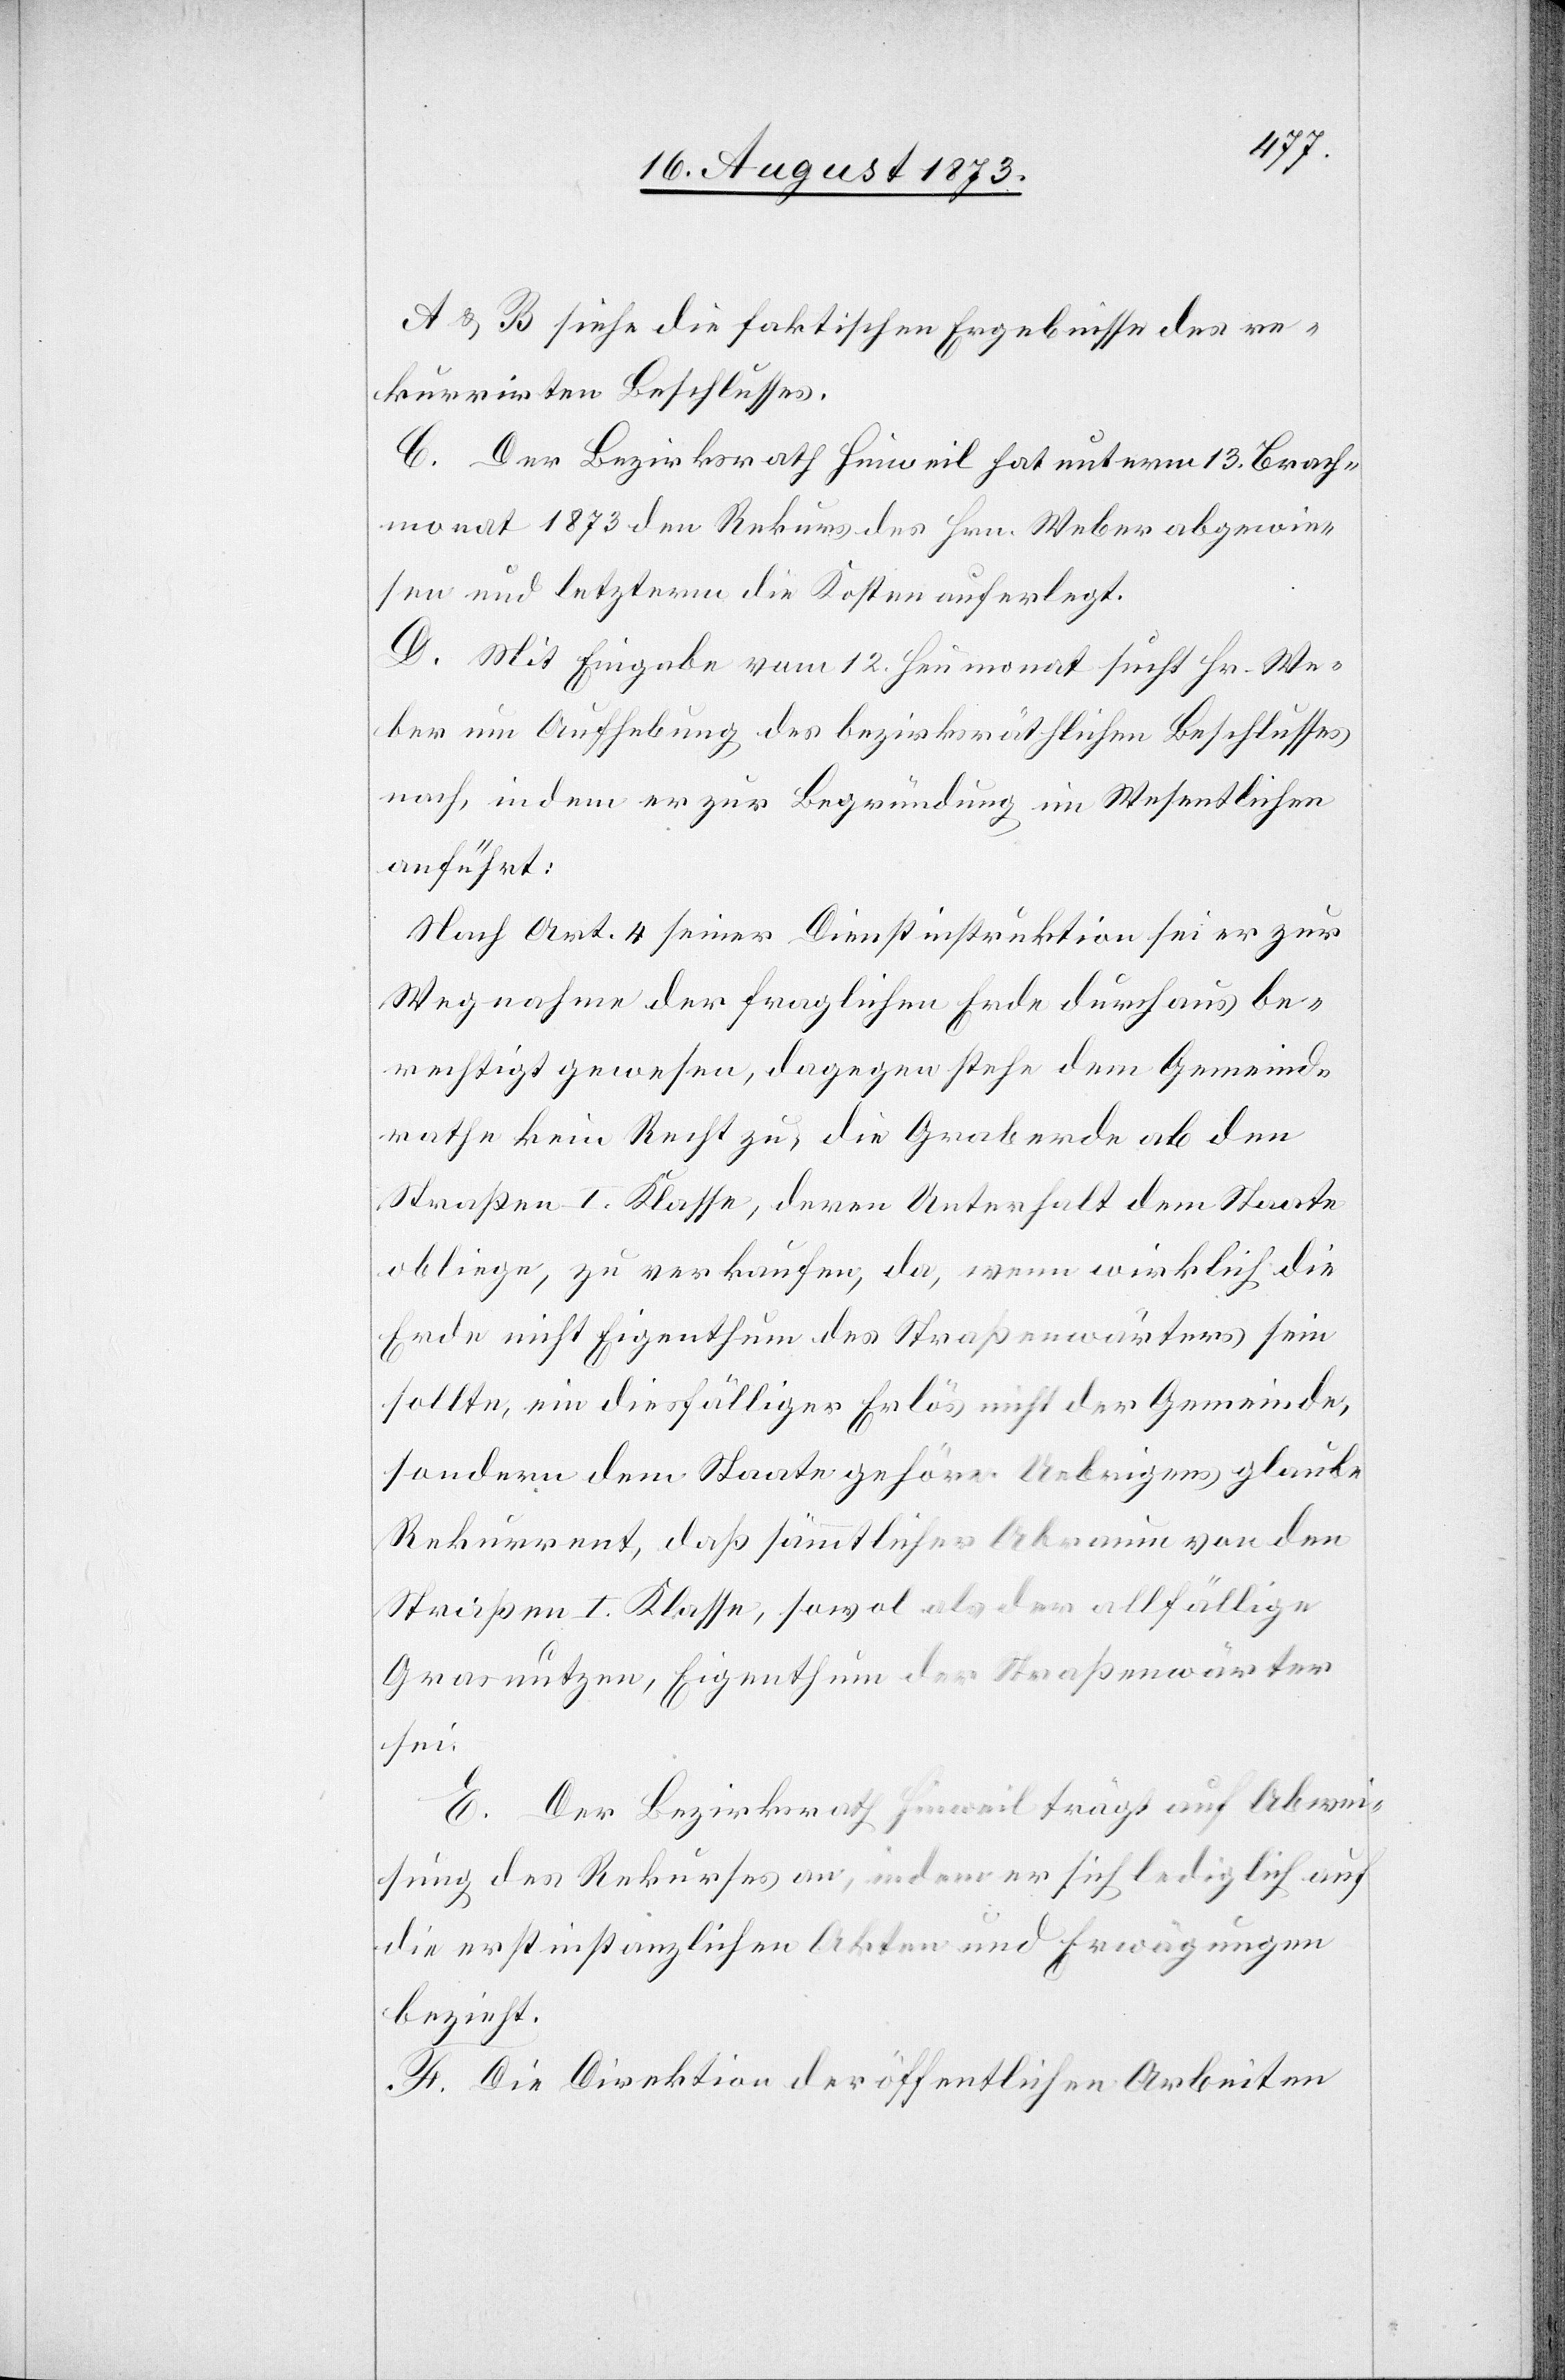
A & B siehe die faktischen Ergebnisse des re¬
kurrirten Beschlusses.
C. Der Bezirksrath Hinweil hat unterm 13. Brach¬
monat 1873 den Rekurs des Hrn. Weber abgewie¬
sen und letzterm die Kosten auferlegt.
D. Mit Eingabe vom 12. Heumonat sucht Hr. We¬
ber um Aufhebung des bezirksräthlichen Beschlusses
nach, indem er zur Begründung im Wesentlichen
anführt:
Nach Art. 4 seiner Dienstinstruktion sei er zur
Wegnahme der fraglichen Erde durchaus be¬
rechtigt gewesen, dagegen stehe dem Gemeind¬
rathe kein Recht zu, die Graberde ab den
Straßen I. Klasse, deren Unterhalt dem Staate
obliege, zu verkaufen, da, wenn wirklich die
Erde nicht Eigenthum des Straßenwärters sein
sollte, ein diesfälliger Erlös nicht der Gemeinde,
sondern dem Staate gehöre. Uebrigens glaube
Rekurrent, daß sämmtlicher Abraum von den
Straßen I. Klasse, sowol als der allfällige
Grasnutzen, Eigenthum der Straßenwärter
sei.
E. Der Bezirksrath Hinweil trägt auf Abwei¬
sung des Rekurses an, indem er sich lediglich auf
die erstinstanzlichen Akten und Erwägungen
bezieht.
F. Die Direktion der öffentlichen Arbeiten